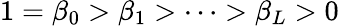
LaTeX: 1=\beta_{0}>\beta_{1}>\dots>\beta_{L}>0